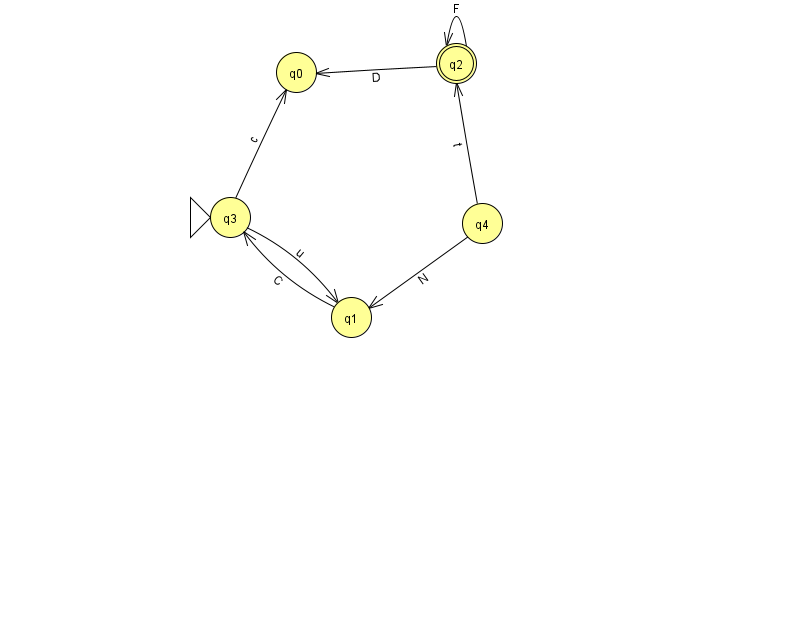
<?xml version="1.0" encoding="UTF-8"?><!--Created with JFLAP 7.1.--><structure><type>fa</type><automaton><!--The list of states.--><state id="0" name="q0"><x>296.0</x><y>59.0</y></state><state id="1" name="q1"><x>351.0</x><y>304.0</y></state><state id="2" name="q2"><x>456.0</x><y>50.0</y><final/></state><state id="3" name="q3"><x>230.0</x><y>204.0</y><initial/></state><state id="4" name="q4"><x>482.0</x><y>210.0</y></state><!--The list of transitions.--><transition><from>3</from><to>1</to><read>u</read></transition><transition><from>1</from><to>3</to><read>C</read></transition><transition><from>2</from><to>0</to><read>D</read></transition><transition><from>2</from><to>2</to><read>F</read></transition><transition><from>4</from><to>1</to><read>N</read></transition><transition><from>4</from><to>2</to><read>t</read></transition><transition><from>3</from><to>0</to><read>c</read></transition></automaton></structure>